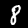
Label: 8